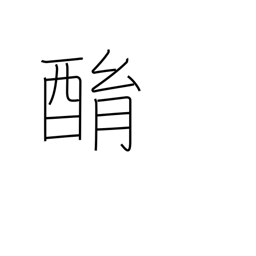
Meaning: drunken babbling